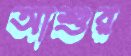
আশুর